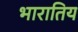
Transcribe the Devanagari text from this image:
भारातिय